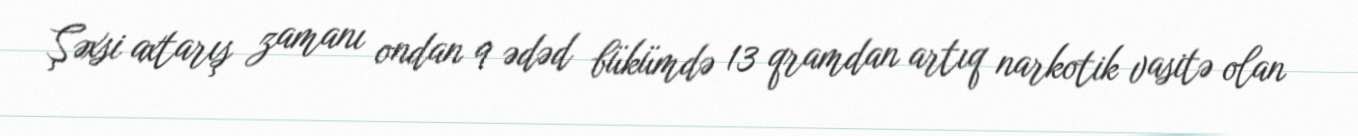
Şəxsi axtarış zamanı ondan 9 ədəd bükümdə 13 qramdan artıq narkotik vasitə olan